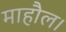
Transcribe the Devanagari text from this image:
माहौल।